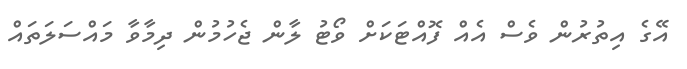
އޭގެ އިތުރުން ވެސް އެއް ފޮއްޓަކަށް ވޯޓު ލާން ޖެހުމުން ދިމާވާ މައްސަލަތައް